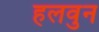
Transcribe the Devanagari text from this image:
हलवुन